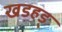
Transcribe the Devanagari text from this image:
खडहड्